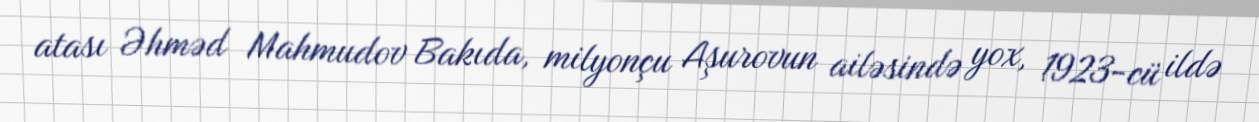
atası Əhməd Mahmudov Bakıda, milyonçu Aşurovun ailəsində yox, 1923-cü ildə